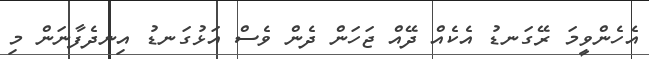
އެހެންވީމަ ރޭގަނޑު އެކެއް ދޭއް ޖަހަން ދެން ވެސް އަޅުގަނޑު އިނދެފާނަން މި